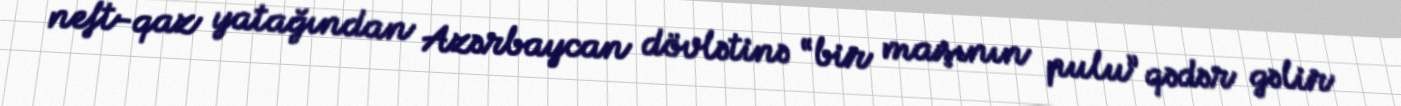
neft-qaz yatağından Azərbaycan dövlətinə “bir maşının pulu” qədər gəlir